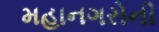
મહાનગરોની